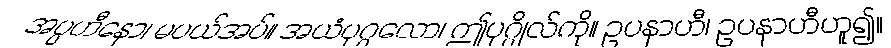
အပ္ပဟီနော၊ မပယ်အပ်။ အယံပုဂ္ဂလော၊ ဤပုဂ္ဂိုလ်ကို။ ဥပနာဟီ၊ ဥပနာဟီဟူ၍။